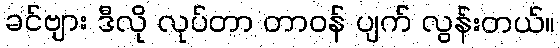
ခင်ဗျား ဒီလို လုပ်တာ တာဝန် ပျက် လွန်းတယ်။